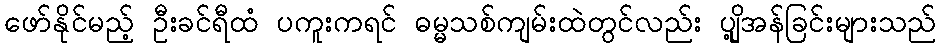
ဖော်နိုင်မည့် ဦးခင်ရီထံ ပကူးကရင် ဓမ္မသစ်ကျမ်းထဲတွင်လည်း ပျို့အန်ခြင်းများသည်